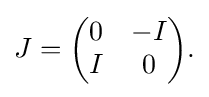
{J={\begin{pmatrix}0&-I\\I&0\end{pmatrix}}.}